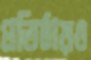
প্রতিষ্ঠায়ও